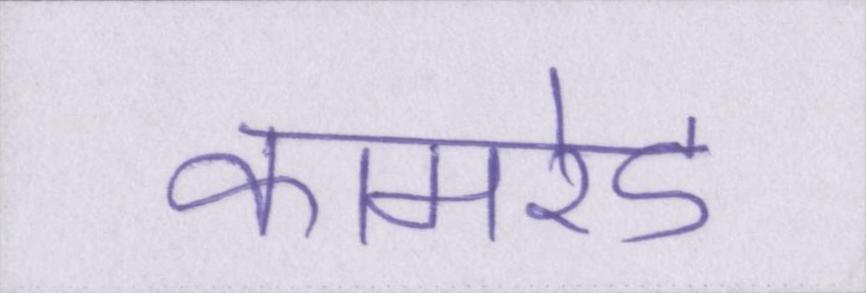
कामरेड